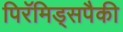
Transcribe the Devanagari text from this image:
पिरॅमिड्सपैकी